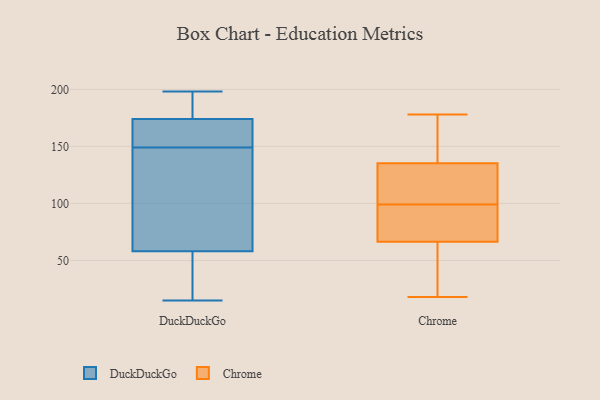
{"axis": {"x": "Net Income (USD K)", "y": "Value"}, "legend": ["Chrome", "DuckDuckGo"], "data": [{"x": "", "y": 178, "type": "DuckDuckGo"}, {"x": "", "y": 16, "type": "DuckDuckGo"}, {"x": "", "y": 146, "type": "DuckDuckGo"}, {"x": "", "y": 193, "type": "DuckDuckGo"}, {"x": "", "y": 170, "type": "DuckDuckGo"}, {"x": "", "y": 187, "type": "DuckDuckGo"}, {"x": "", "y": 152, "type": "DuckDuckGo"}, {"x": "", "y": 15, "type": "DuckDuckGo"}, {"x": "", "y": 166, "type": "DuckDuckGo"}, {"x": "", "y": 77, "type": "DuckDuckGo"}, {"x": "", "y": 24, "type": "DuckDuckGo"}, {"x": "", "y": 149, "type": "DuckDuckGo"}, {"x": "", "y": 149, "type": "DuckDuckGo"}, {"x": "", "y": 111, "type": "DuckDuckGo"}, {"x": "", "y": 198, "type": "DuckDuckGo"}, {"x": "", "y": 31, "type": "DuckDuckGo"}, {"x": "", "y": 158, "type": "DuckDuckGo"}, {"x": "", "y": 39, "type": "DuckDuckGo"}, {"x": "", "y": 197, "type": "DuckDuckGo"}, {"x": "", "y": 81, "type": "DuckDuckGo"}, {"x": "", "y": 45, "type": "Chrome"}, {"x": "", "y": 79, "type": "Chrome"}, {"x": "", "y": 35, "type": "Chrome"}, {"x": "", "y": 62, "type": "Chrome"}, {"x": "", "y": 135, "type": "Chrome"}, {"x": "", "y": 99, "type": "Chrome"}, {"x": "", "y": 106, "type": "Chrome"}, {"x": "", "y": 74, "type": "Chrome"}, {"x": "", "y": 18, "type": "Chrome"}, {"x": "", "y": 122, "type": "Chrome"}, {"x": "", "y": 94, "type": "Chrome"}, {"x": "", "y": 136, "type": "Chrome"}, {"x": "", "y": 178, "type": "Chrome"}, {"x": "", "y": 144, "type": "Chrome"}, {"x": "", "y": 136, "type": "Chrome"}, {"x": "", "y": 128, "type": "Chrome"}, {"x": "", "y": 68, "type": "Chrome"}]}